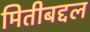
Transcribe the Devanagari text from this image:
मितीबद्दल